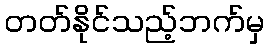
တတ်နိုင်သည့်ဘက်မှ